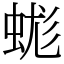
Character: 蛖